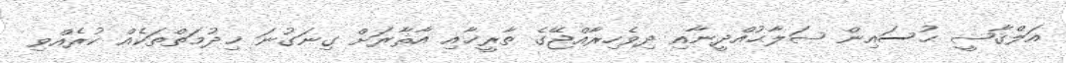
އަލްޤާޟީ ޙުސައިން ޞަލާޙުއްދީނާއި ދިވެހިރާއްޖޭގެ ތާރީޚާއި އާޘާރަށް ގިނަގުނަ ޚިދުމަތްތަކެއް ކުރެއްވި